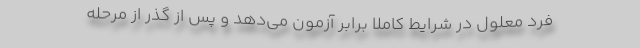
فرد معلول در شرایط کاملاً برابر آزمون می‌دهد و پس از گذر از مرحله